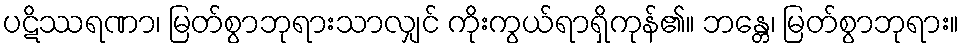
ပဋိဿရဏာ၊ မြတ်စွာဘုရားသာလျှင် ကိုးကွယ်ရာရှိကုန်၏။ ဘန္တေ၊ မြတ်စွာဘုရား။